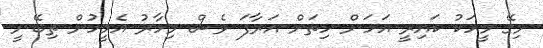
މިގޭ މީހަކު ކައިރީ އަހަން ހިތަށް އަރާފަ ވެސް މިހާރު އެމީހުން ތިބޭނީ